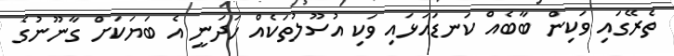
ތެރޭގައި ވަކިން ބާބެއް ކަނޑައަޅައި ވަކި އުސޫލުތަކެއް ހަދަނީ އެ ބަޔަކަށް ގާނޫނުގެ